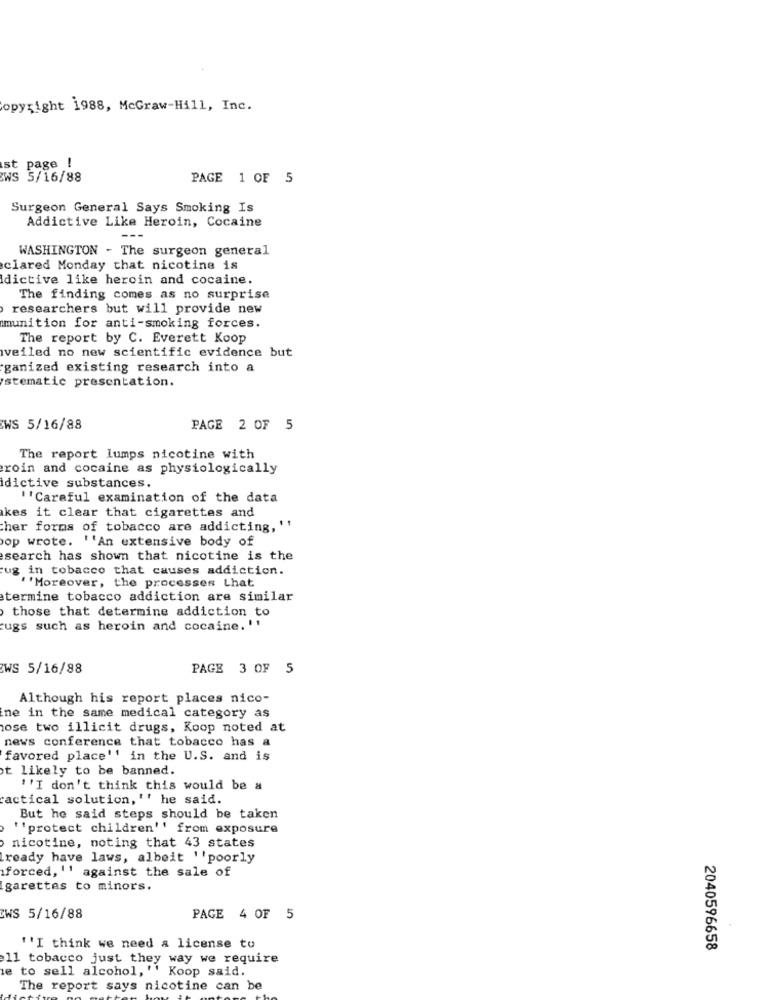
copyright 1988, McGraw-Hill, Inc.
st page !
WS 5/16/88
PAGE 1 OF 5
Surgeon General Says Smoking Is
Addictive Like Heroin, Cocaine
---
WASHINGTON - The surgeon general
clared Monday that nicotine is
dictive like heroin and cocaine.
The finding comes as no surprise
researchers but will provide new
munition for anti-smoking forces.
The report by C. Everett Koop
veiled no new scientific evidence but
ganized existing research into a
istematic presentation.
WS 5/16/88
PAGE 2 OF 5
The report lumps nicotine with
roin and cocaine as physiologically
dictive substances.
''Careful examination of the data
kes it clear that cigarettes and
cher forms of tobacco are addicting, ''
op wrote. ''An extensive body of
search has shown that nicotine is the
ug in tobacco that causes addiction.
''Moreover, the processes Lhat
termine tobacco addiction are similar
those that determine addiction to
ugs such as heroin and cocaine. ''
WS 5/16/88
PAGE 3 OF 5
Although his report places nico-
ne in the same medical category as
ose two illicit drugs, Koop noted at
news conference that tobacco has a
favored place'' in the U.S. and is
t likely to be banned.
''I don't think this would be a
tactical solution, '' he said.
But he said steps should be taken
"'protect children'' from exposure
nicotine, noting that 43 states
ready have laws, albeit ''poorly
forced, '' against the sale of
garettes to minors.
CWS 5/16/88
PAGE 4 OF 5
"'I think we need a license to
2040596658
11 tobacco just they way we require
le to sell alcohol, '' Koop said.
The report says nicotine can be